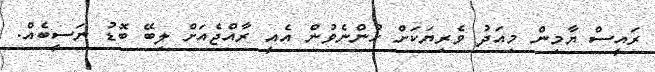
ރައީސް ޔާމިން މިއަދު ވެރިޔަކަށް ހުންނެވުން އެއީ ރާއްޖެއަށް ލިބޭ ބޮޑު ނަސީބެއް.